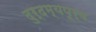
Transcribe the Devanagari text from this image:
दुर्दम्यपूर्व